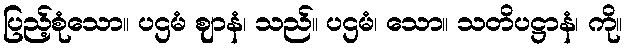
ပြည့်စုံသော။ ပဌမံ ဈာနံ၊ သည်။ ပဌမံ၊ သော။ သတိပဋ္ဌာနံ၊ ကို။